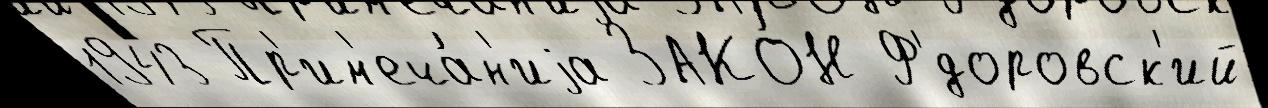
1943 Пр'им'еча́н'иjа ЗАКО́Н Ф'́доровск'ий